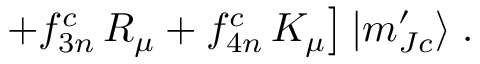
\left. + f _ { 3 n } ^ { c } \, R _ { \mu } + f _ { 4 n } ^ { c } \, K _ { \mu } \right] | m _ { J c } ^ { \prime } \rangle \; .